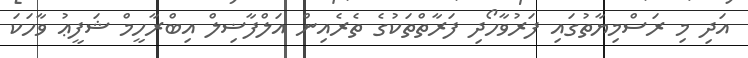
އަދި މި ރަސްމިޔާތުގައި ފަރުވާހޯދި ފަރާތްތަކުގެ ތެރެއިން އަލްފާޟިލް އިބްރާހީމް ޝަފީޢު ވާހަކަ